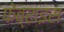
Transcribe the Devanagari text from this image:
फेब्राइस